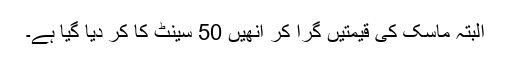
البتہ ماسک کی قیمتیں گرا کر انھیں 50 سینٹ کا کر دیا گیا ہے۔